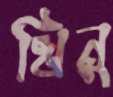
খিনু